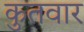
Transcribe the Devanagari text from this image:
कुतवार